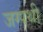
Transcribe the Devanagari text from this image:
जग्पथी